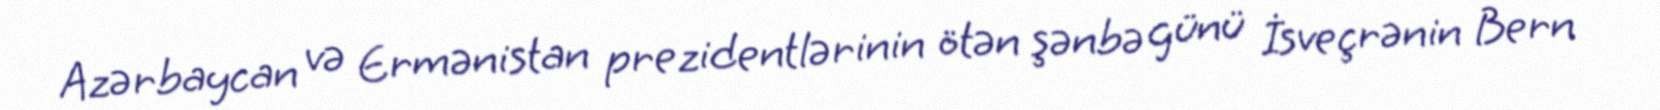
Azərbaycan və Ermənistan prezidentlərinin ötən şənbə günü İsveçrənin Bern